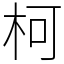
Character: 柯